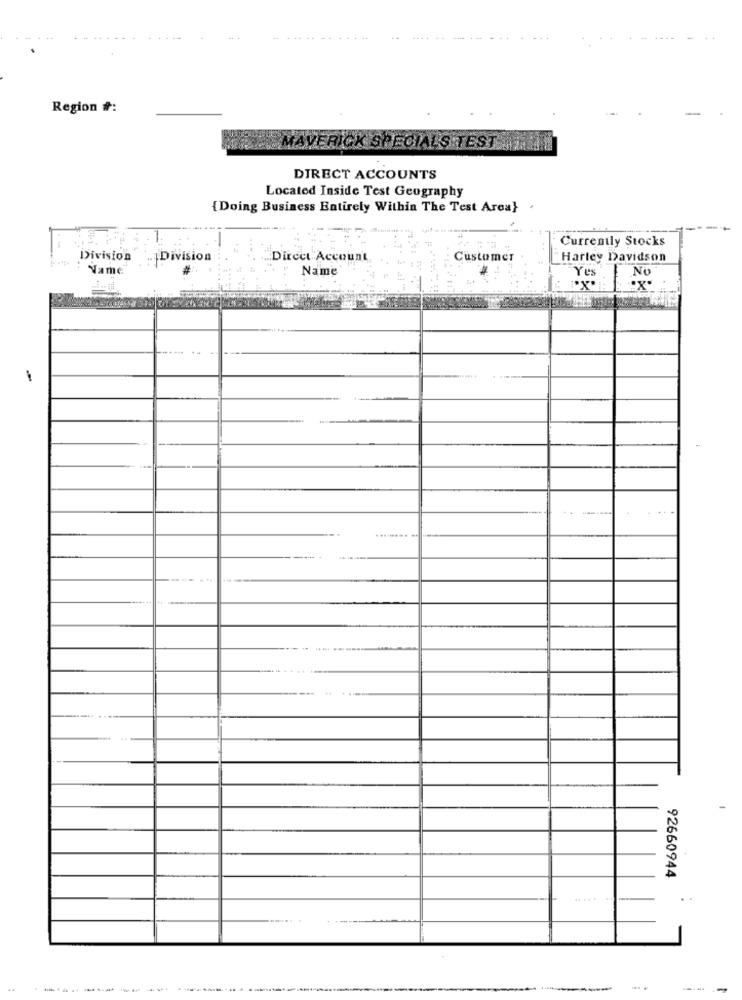
Region #:
MAVERICK SPECIALS TEST
DIRECT ACCOUNTS
Located Inside Test Geography
{Doing Business Entirely Within The Test Area}
Currently Stocks
Division
. Division
Dircet Account
Customer
Harley Davidson
Name
Name'
Yes
NO
---
92660944